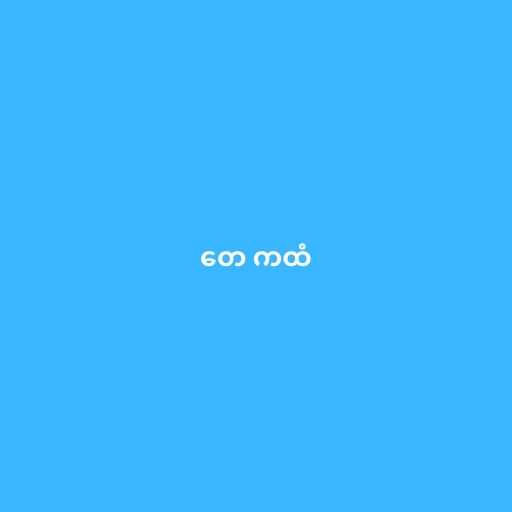
တေ ကထံ